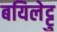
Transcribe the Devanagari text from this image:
बयिलेट्टु